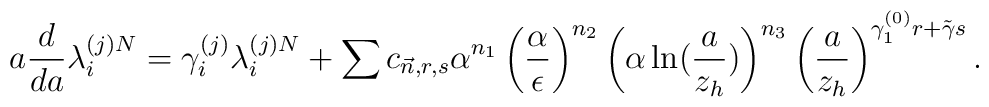
a \frac{d}{da} \lambda_i^{(j)N} = \gamma_i^{(j)} \lambda_i^{(j)N} + \sum c_{\vec{n},r,s} \alpha^{n_1} \left(\frac{\alpha}{\epsilon} \right)^{n_2} \left( \alpha \ln (\frac{a}{z_h}) \right)^{n_3} \left( \frac{a}{z_h} \right)^{\gamma_1^{(0)} r + \tilde{\gamma} s}.